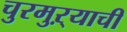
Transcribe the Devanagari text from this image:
चुरमुऱ्याची